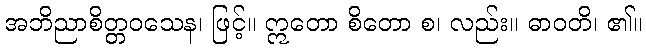
အဘိညာစိတ္တဝသေန၊ ဖြင့်။ ဣတော စိတော စ၊ လည်း။ ဓာဝတိ၊ ၏။